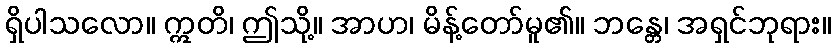
ရှိပါသလော။ ဣတိ၊ ဤသို့။ အာဟ၊ မိန့်တော်မူ၏။ ဘန္တေ၊ အရှင်ဘုရား။